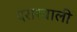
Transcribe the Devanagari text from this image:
दरारवाली